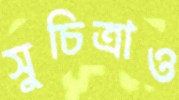
সুচিত্রাও